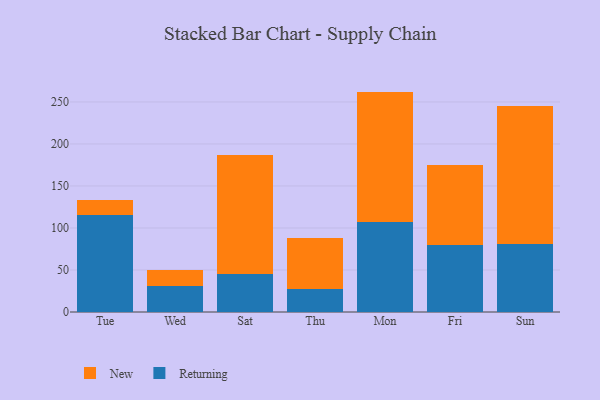
{"axis": {"x": "Day", "y": "Net Income (USD K)"}, "legend": ["New", "Returning"], "data": [{"x": "Tue", "y": 115.6, "type": "Returning"}, {"x": "Tue", "y": 18.2, "type": "New"}, {"x": "Wed", "y": 30.8, "type": "Returning"}, {"x": "Wed", "y": 18.8, "type": "New"}, {"x": "Sat", "y": 44.8, "type": "Returning"}, {"x": "Sat", "y": 141.7, "type": "New"}, {"x": "Thu", "y": 27.3, "type": "Returning"}, {"x": "Thu", "y": 60.9, "type": "New"}, {"x": "Mon", "y": 107.1, "type": "Returning"}, {"x": "Mon", "y": 155.2, "type": "New"}, {"x": "Fri", "y": 79.5, "type": "Returning"}, {"x": "Fri", "y": 95.1, "type": "New"}, {"x": "Sun", "y": 81.4, "type": "Returning"}, {"x": "Sun", "y": 163.4, "type": "New"}]}